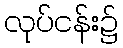
လုပ်ငန်း၌